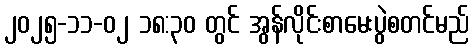
၂၀၂၅-၁၁-၀၂ ၁၈:၃၀ တွင် အွန်လိုင်းစာမေးပွဲစတင်မည်